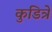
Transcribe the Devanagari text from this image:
कुडित्रे